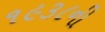
૧૯૩૮ની